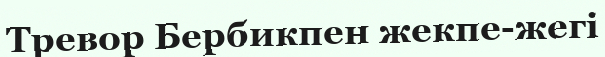
Тревор Бербикпен жекпе-жегі